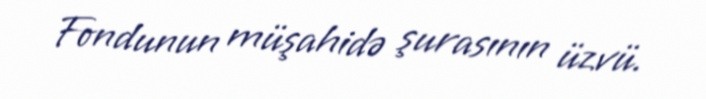
Fondunun müşahidə şurasının üzvü.